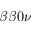
\beta \beta 0 \nu